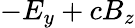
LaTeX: -E_{y}+cB_{z}